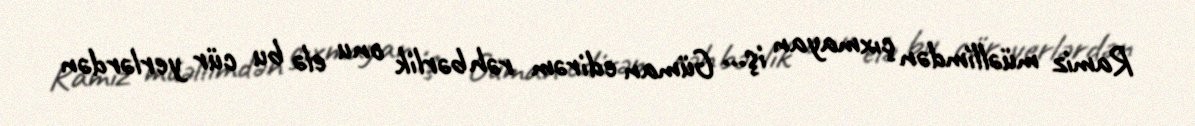
Ramiz müəllimdən çıxmayan iş... Güman edirəm rəhbərlik onu elə bu cür yerlərdən